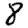
Digit: 8